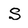
Character: S